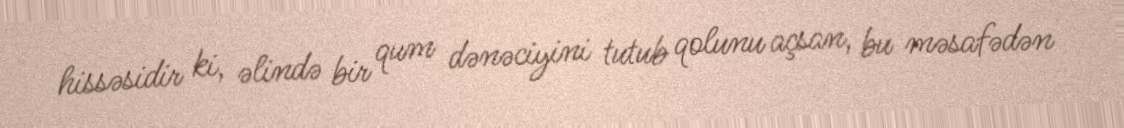
hissəsidir ki, əlində bir qum dənəciyini tutub qolunu açsan, bu məsafədən